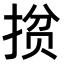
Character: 𭡘